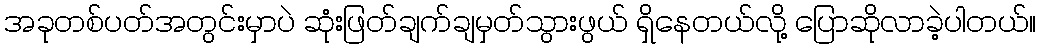
အခုတစ်ပတ်အတွင်းမှာပဲ ဆုံးဖြတ်ချက်ချမှတ်သွားဖွယ် ရှိနေတယ်လို့ ပြောဆိုလာခဲ့ပါတယ်။